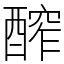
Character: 醡